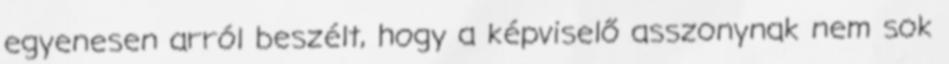
egyenesen arról beszélt, hogy a képviselő asszonynak nem sok